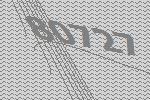
80727